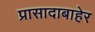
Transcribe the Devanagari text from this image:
प्रासादाबाहेर